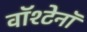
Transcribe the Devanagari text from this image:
वॉश्टेनॉ